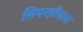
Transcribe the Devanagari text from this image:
लिपरहॉयला